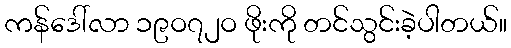
ကန်ဒေါ်လာ ၁၉ဝ၇၂ဝ ဖိုးကို တင်သွင်းခဲ့ပါတယ်။